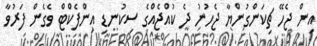
އިން ޖެހޭ ޗިކަންގުންޔާ ޖެހުނު ދެ ކުއްޖެއްގެ ސިކުނޑި އިންފެކްޓް ވެގެން ފަރުވާ